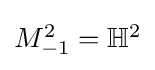
{\textstyle M_{-1}^{2}=\mathbb {H} ^{2}}